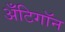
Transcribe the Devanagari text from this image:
अँटिगॉन